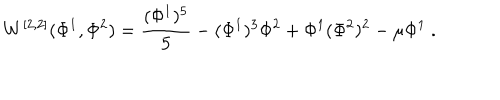
LaTeX: W ^ { [ 2 , 2 ] } ( \Phi ^ { 1 } , \Phi ^ { 2 } ) = { \frac { ( \Phi ^ { 1 } ) ^ { 5 } } { 5 } } - ( \Phi ^ { 1 } ) ^ { 3 } \Phi ^ { 2 } + \Phi ^ { 1 } ( \Phi ^ { 2 } ) ^ { 2 } - \mu \Phi ^ { 1 } ~ .